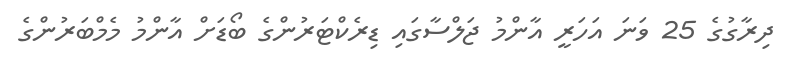
ދިރާގުގެ 25 ވަނަ އަހަރީ އާންމު ޖަލްސާގައި ޑިރެކްޓަރުންގެ ބޯޑަށް އާންމު މެމްބަރުންގެ